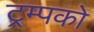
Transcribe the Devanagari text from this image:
ट्रम्पको